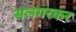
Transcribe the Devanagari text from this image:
सलगरकर